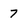
Character: 7